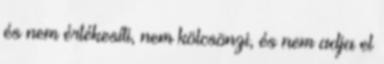
és nem értékesíti, nem kölcsönzi, és nem adja el